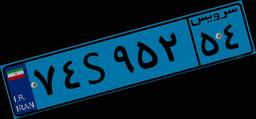
۷۴S۹۵۲۵۴